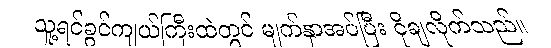
သူ့ရင်ခွင်ကျယ်ကြီးထဲတွင် မျက်နှာအပ်ပြီး ငိုချလိုက်သည်။